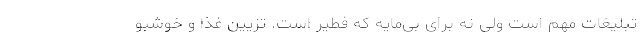
تبلیغات مهم است ولی نه برای بی‌مایه كه فطیر است. تزیین غذا و خوشبو